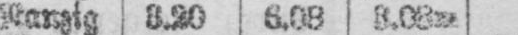
Ranzig 3.20 6.08 3.08m